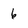
Character: 6